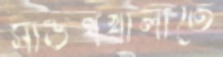
সাউথখালীতে